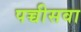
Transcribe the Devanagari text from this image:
पच्चीसवा